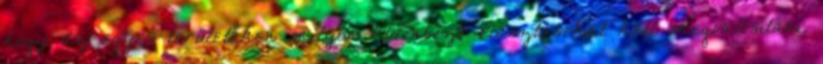
hogy az egyes területeken milyen különbözõ riasztásokat kell megvalósítani.